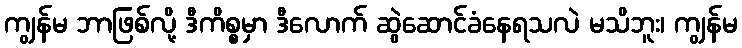
ကျွန်မ ဘာဖြစ်လို့ ဒီကိစ္စမှာ ဒီလောက် ဆွဲဆောင်ခံနေရသလဲ မသိဘူး၊ ကျွန်မ